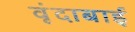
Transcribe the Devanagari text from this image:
वृंदाबाई